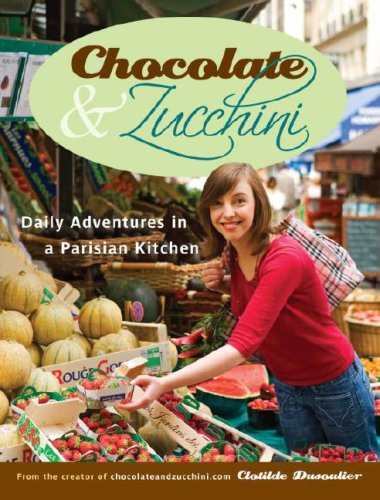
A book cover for Chocolate and Zucchini: Daily Adventures in a Parisian Kitchen; Clotilde Dusoulier; Cookbooks, Food & Wine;